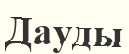
Дауды